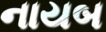
નાયબ